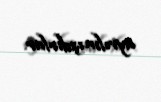
ayrılmışdırlar.